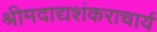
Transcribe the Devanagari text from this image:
श्रीमदाद्यशंकराचार्य